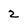
Character: 2